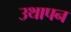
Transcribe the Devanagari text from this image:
उथापन